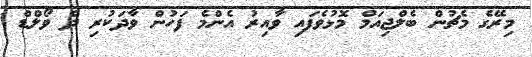
މިރޭގެ މެޗުން ބެލްޖިއަމް މޮޅުވެފައި ވާއިރު އެންމެ ފަހުން ވާދަކުރި ދެ ވޯލްޑް